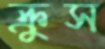
ক্রুস